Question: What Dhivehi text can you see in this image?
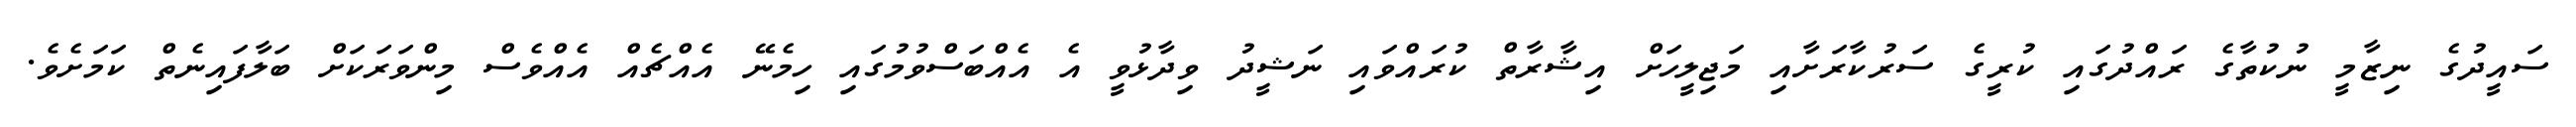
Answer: ސައީދުގެ ނިޒާމީ ނުކުތާގެ ރައްދުގައި ކުރީގެ ސަރުކާރަށާއި މަޖިލީހަށް އިޝާރާތް ކުރައްވައި ނަޝީދު ވިދާޅުވީ އެ އެއްބަސްވުމުގައި ހިމެނޭ އެއްޗެއް އެއްވެސް މިންވަރަކަށް ބަލާފައިނެތް ކަމަށެވެ.